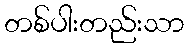
တစ်ပါးတည်းသာ